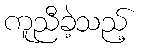
ကူညီခဲ့သည့်